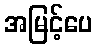
အမြင့်ပေ